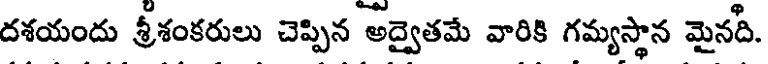
దశయందు శ్రీశంకరులు చెప్పిన అద్వైతమే వారికి గమ్యస్థాన మైనది.